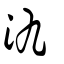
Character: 氿